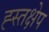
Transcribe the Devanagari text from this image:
ह्स्तक्षेप